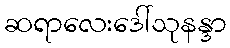
ဆရာလေးဒေါ်သုနန္ဒာ